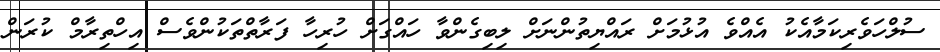
ސުލްހަވެރިކަމާއެކު އެއްވެ އުޅުމަށް ރައްޔިތުންނަށް ލިބިގެންވާ ހައްގަށް ހުރިހާ ފަރާތްތަކުންވެސް އިހްތިރާމް ކުރަން